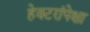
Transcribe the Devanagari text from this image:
हेक्टरांपेक्षा